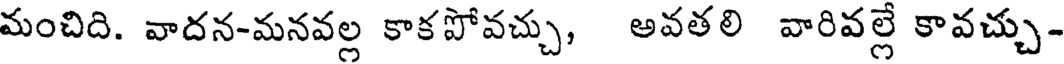
మంచిది. వాదన-మనవల్ల కాకపోవచ్చు, అవతలి వారివల్లే కావచ్చు-